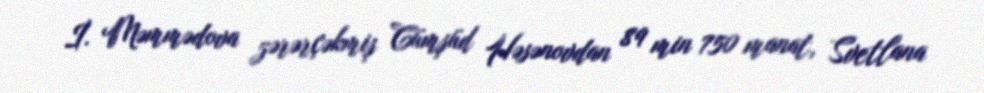
İ. Məmmədova zərərçəkmiş Cümşüd Həsənovdan 89 min 750 manat, Svetlana